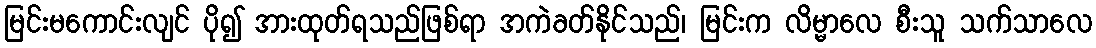
မြင်းမကောင်းလျင် ပို၍ အားထုတ်ရသည်ဖြစ်ရာ အကဲခတ်နိုင်သည်၊ မြင်းက လိမ္မာလေ စီးသူ သက်သာလေ